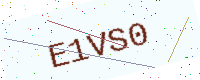
Text: E1VS0